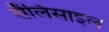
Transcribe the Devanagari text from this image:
सैलिसाइल